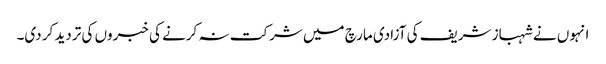
انہوں نے شہباز شریف کی آزادی مارچ میں شرکت نہ کرنے کی خبروں کی تردید کر دی۔